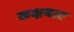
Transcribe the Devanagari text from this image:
कक्षबाट